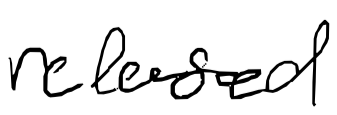
Text: released
Cross-out: clean
Writing tool: digital_black